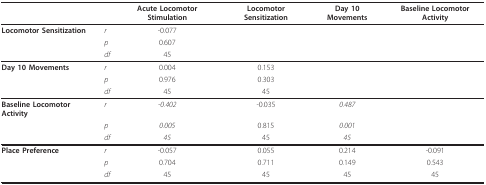
<table><thead><tr><td></td><td></td><td><b>Acute Locomotor Stimulation</b></td><td><b>Locomotor Sensitization</b></td><td><b>Day 10 Movements</b></td><td><b>Baseline Locomotor Activity</b></td></tr></thead><tbody><tr><td><b>Locomotor Sensitization</b></td><td><i>r</i></td><td>-0.077</td><td></td><td></td><td></td></tr><tr><td></td><td><i>p</i></td><td>0.607</td><td></td><td></td><td></td></tr><tr><td></td><td><i>df</i></td><td>45</td><td></td><td></td><td></td></tr><tr><td><b>Day 10 Movements</b></td><td><i>r</i></td><td>0.004</td><td>0.153</td><td></td><td></td></tr><tr><td></td><td><i>p</i></td><td>0.976</td><td>0.303</td><td></td><td></td></tr><tr><td></td><td><i>df</i></td><td>45</td><td>45</td><td></td><td></td></tr><tr><td><b>Baseline Locomotor Activity</b></td><td><i>r</i></td><td><i>-0.402</i></td><td>-0.035</td><td><i>0.487</i></td><td></td></tr><tr><td></td><td><i>p</i></td><td><i>0.005</i></td><td>0.815</td><td><i>0.001</i></td><td></td></tr><tr><td></td><td><i>df</i></td><td><i>45</i></td><td>45</td><td><i>45</i></td><td></td></tr><tr><td><b>Place Preference</b></td><td><i>r</i></td><td>-0.057</td><td>0.055</td><td>0.214</td><td>-0.091</td></tr><tr><td></td><td><i>p</i></td><td>0.704</td><td>0.711</td><td>0.149</td><td>0.543</td></tr><tr><td></td><td><i>df</i></td><td>45</td><td>45</td><td>45</td><td>45</td></tr></tbody></table>